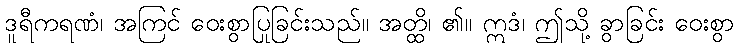
ဒူရီကရဏံ၊ အကြင် ဝေးစွာပြုခြင်းသည်။ အတ္ထိ၊ ၏။ ဣဒံ၊ ဤသို့ ခွာခြင်း ဝေးစွာ